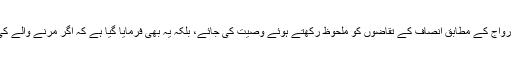
پہلے حکم میں ورثا کے حصص متعین نہیں کیے گئے اور صرف یہ تلقین کی گئی ہے کہ دستور اور رواج کے مطابق انصاف کے تقاضوں کو ملحوظ رکھتے ہوئے وصیت کی جائے، بلکہ یہ بھی فرمایا گیا ہے کہ اگر مرنے والے کی وصیت میں کسی جانب داری یا حق تلفی کا پہلو دکھائی دے تو اس میں تبدیلی بھی کی جا سکتی ہے۔